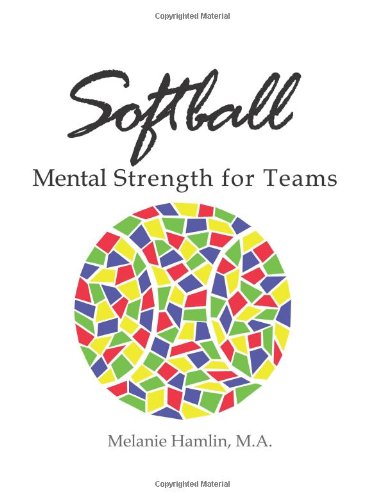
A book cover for Softball Mental Strength for Teams; Melanie Hamlin M.A.; Sports & Outdoors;